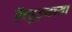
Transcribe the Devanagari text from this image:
ऍल्डुइनच्या